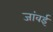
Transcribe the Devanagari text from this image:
जांवई